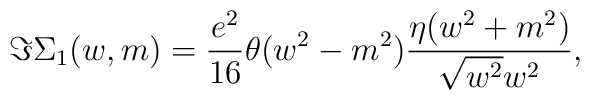
\Im \Sigma _{1}(w,m)=\frac{e^{2}}{16}\theta (w^{2}-m^{2})\frac{\eta(w^{2}+m^{2})}{\sqrt{w^{2}}w^{2}},